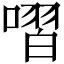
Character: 㗩